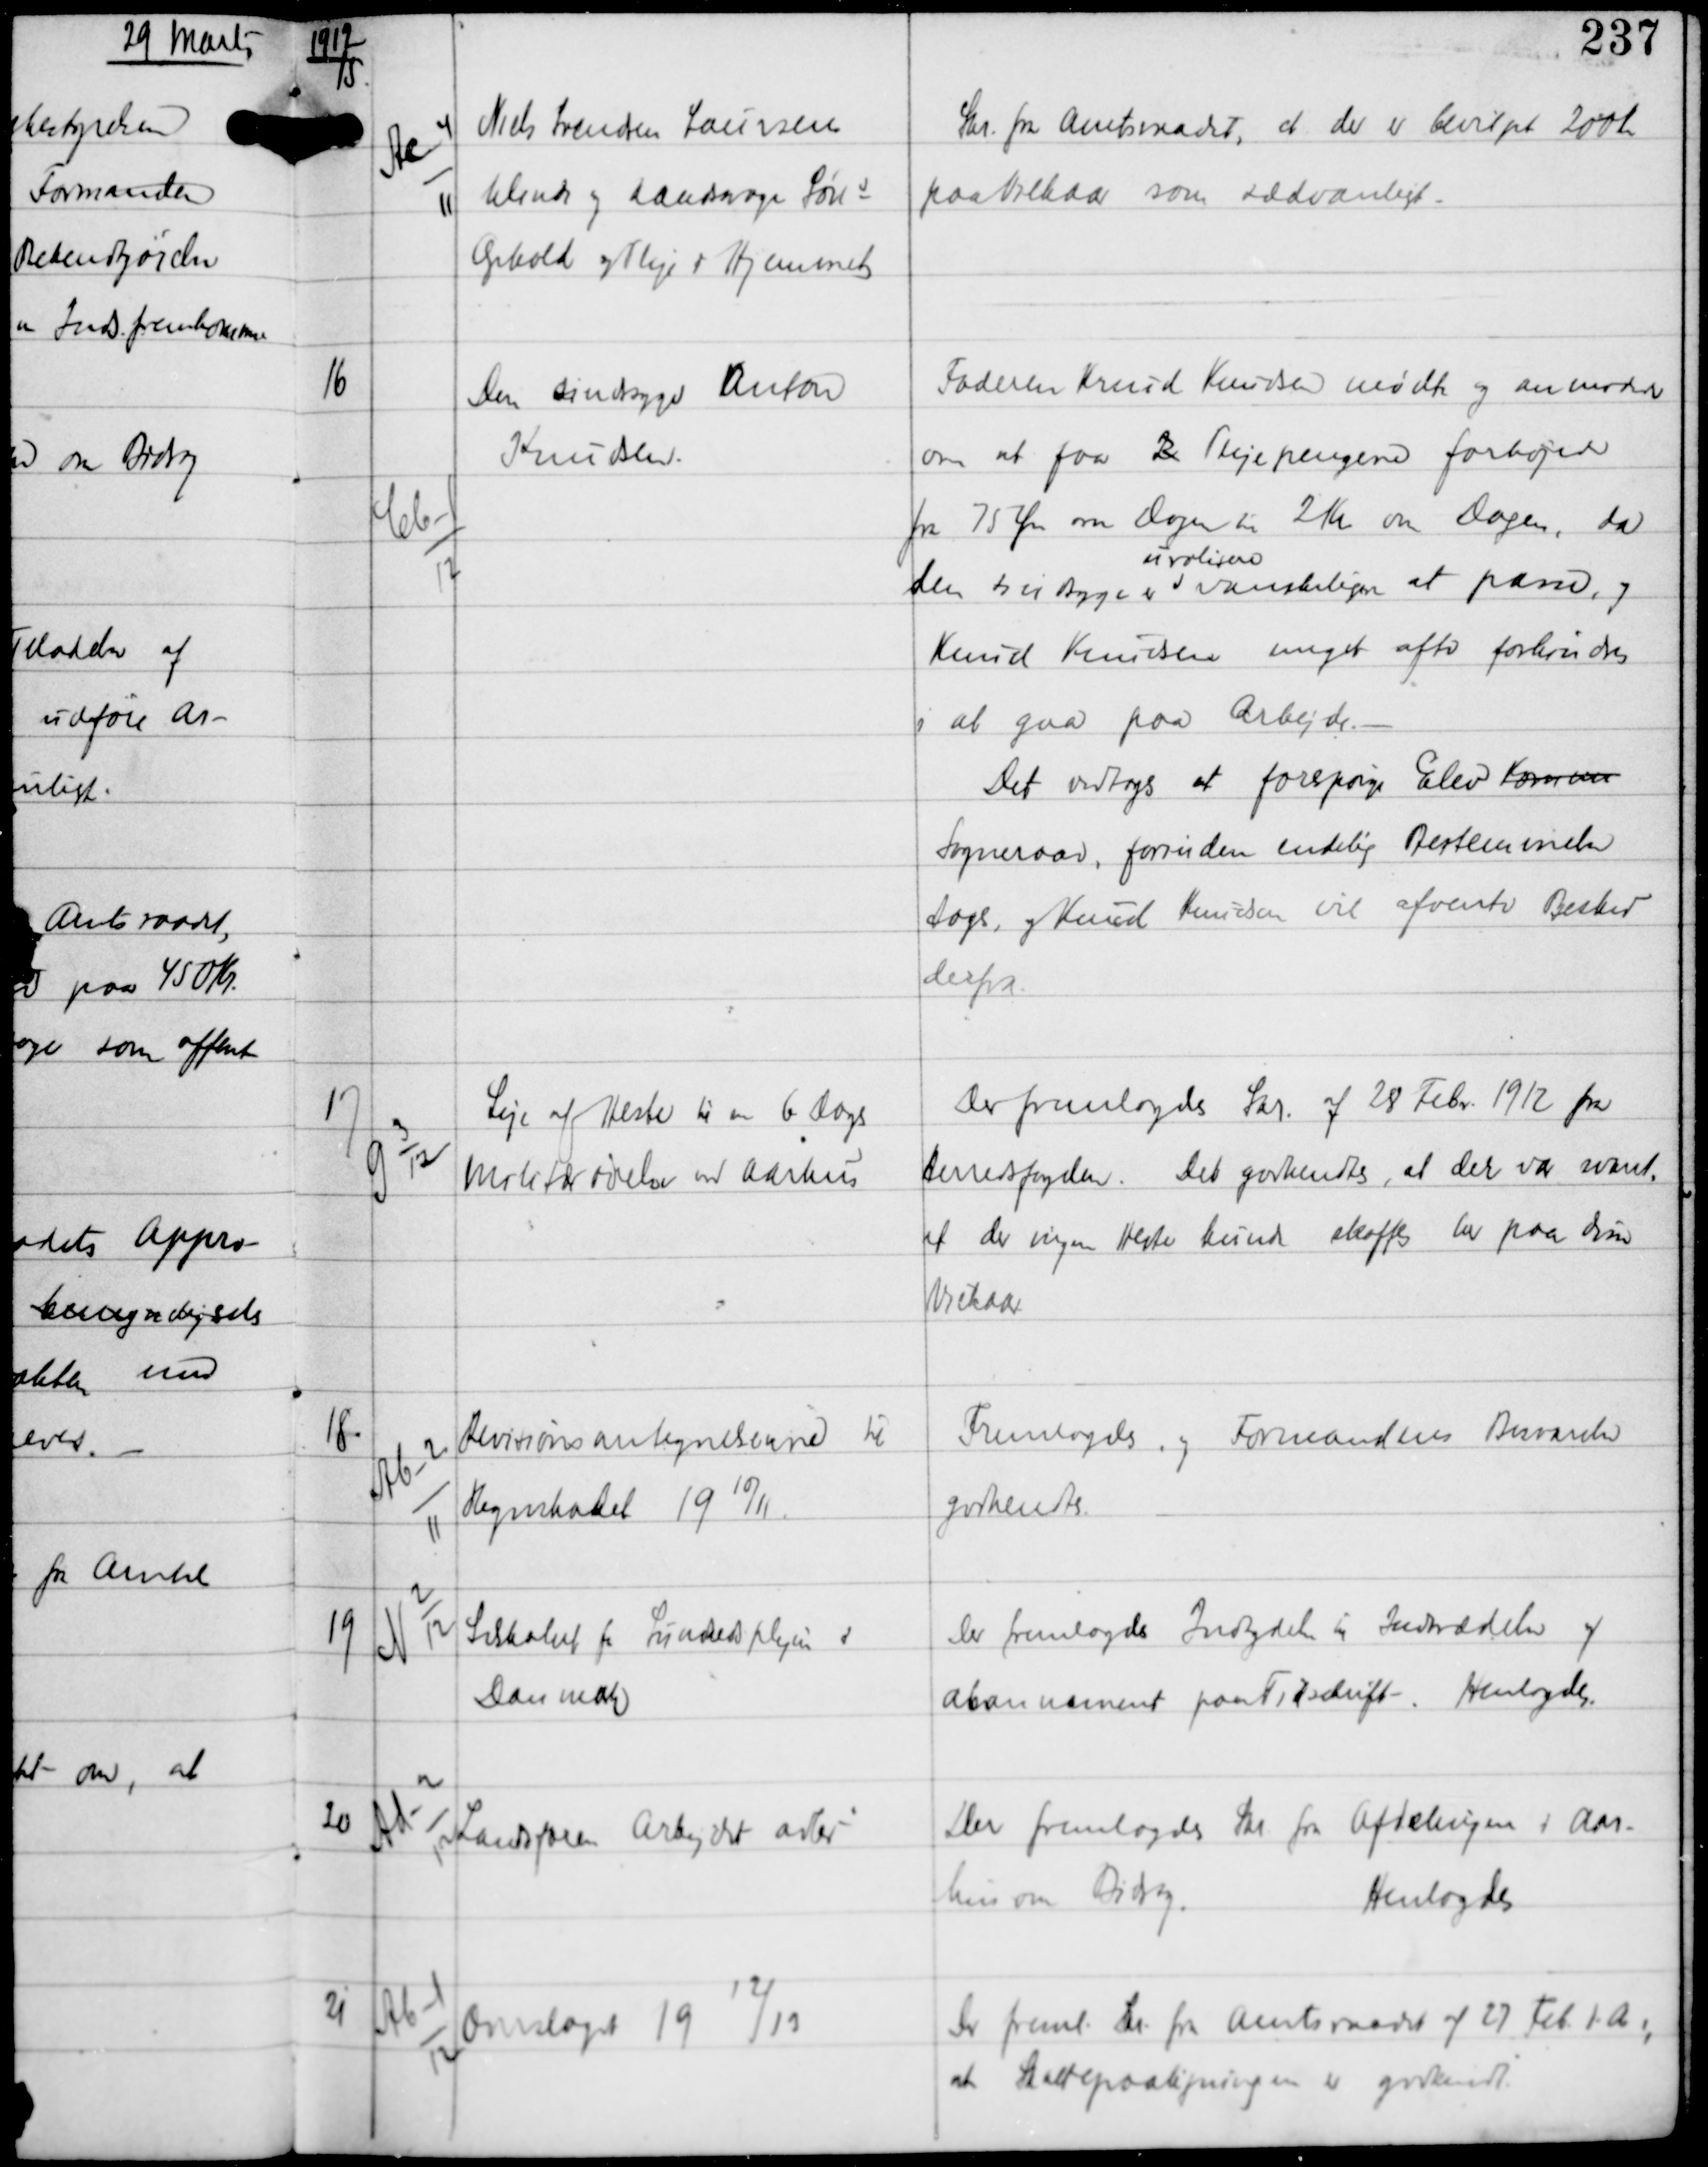
Transskription:
1912

15

Ac-4
11

Niels Svendsen Laursens
blinde og aandsvage Søns
Ophold og Pleje i Hjemmet

Skr fra Amtsraadet, at der er bevilget 200 Kr
paa Vilkaar som sædvanligt.

16

Cb-1
12

Den sindsyge Anton
Knudsen

Faderen Knud Knudsen mødte og anmodede
om at faa L Plejepengene forhøjede
fra 75 Øre om Dagen til 2 Kr om Dagen, da 
den sindsyge er
uroligere
vanskeligen at passe, og
Knud Knudsen meget ofte forhindres
i at gaa paa Arbejde. -
Det vedtoges, at forespørge Elev Kommu
Sogneraad, forrinden endelig Bestemmelse
tages, og Knud Knudsen vil afvente Besked
derfra.

17

G 3
12

Leje af Heste til om 6 Dage
Militærøvelse ved Aarhus

Der fremlagdes Skr af 28 Febr 1912 fra
Herredsfogden. Det godkendtes, at der var svaret
at der ingen Heste kunde skaffes her paa disse
Vilkaar.

18

Ab-2
11

Revisionsantegnelserne til
Regnskabet 19 10/11

Fremlagdes og Formandens Besvarelse
godkendtes.

19

N 2
12

Selskabet for Sundhedsplejen i
Danmark

Der fremlagdes Indbydelse til Indtrædelse af
abonnement paa Tidskrift -
Henlagdes.

20

Ad-2
12

Landsforen Arbejdet adler

Der fremlagdes Skr fra Afdelingen i Aar-
hus om Bidrag.
Henlagdes

21

Ab-1
12

Overslaget 19
12/
13

Der freml Skr fra Amtsraadet af 27 Feb d.A.,
at Skattepaaligningen er godkendt.